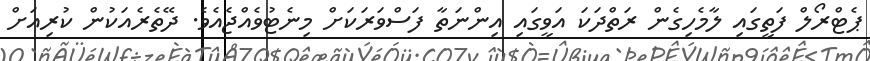
ޕެޓްރޯލް ފަތީގައި ލާމެހިގެން ރަތްދަކަ އަވީގައި އިންނަތާ ފަސްވަރަކަށް މިނެޓުވެއްޖެއެވެ. ދޭތެރެއަކުން ކުރިއަށް